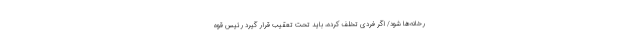
رخانه‌ها شود/ اگر فردی تخلف کرده، باید تحت تعقیب قرار گیرد رئیس قوه